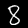
Digit: 8